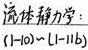
流体静力学：(1 - 10)~(1 - 11b)